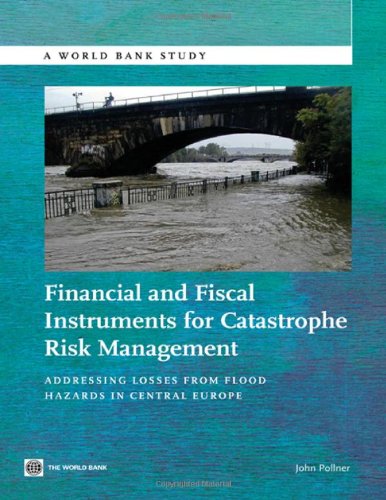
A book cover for Financial and Fiscal Instruments for Catastrophe Risk Management: Addressing the Losses from Flood Hazards in Central Europe (World Bank Studies); John Pollner; Business & Money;